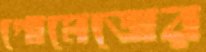
গোমেজের